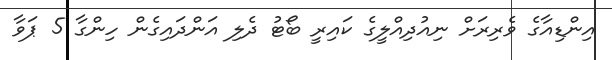
އިންޑިއާގެ ވެރިރަށް ނިއުދިއްލީގެ ކައިރީ ބޯޓު ދެލި އަންދައިގެން ހިންގާ 5 ޕަވާ